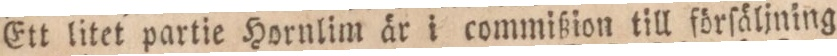
Ett litet partie Hornlim är i commißion till förſäljning